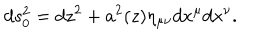
LaTeX: d s _ { 0 } ^ { 2 } = d z ^ { 2 } + a ^ { 2 } ( z ) \eta _ { \mu \nu } d x ^ { \mu } d x ^ { \nu } .